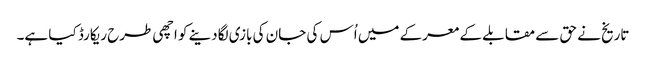
تاریخ نے حق سے مقابلے کے معرکے میں اُس کی جان کی بازی لگادینے کو اچھی طرح ریکارڈ کیا ہے۔